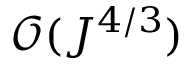
\mathcal { O } ( J ^ { 4 / 3 } )